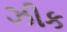
ઝીક